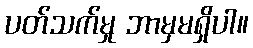
ပတ်သက်မှု ဘာမှမရှိပါ။